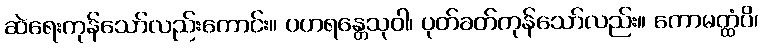
ဆဲရေးကုန်သော်လည်းကောင်း။ ပဟရန္တေသုဝါ၊ ပုတ်ခတ်ကုန်သော်လည်း။ ကောမတ္ထံပိ၊